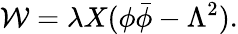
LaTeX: {\mathcal W}=\lambda X(\phi\bar{\phi}-\Lambda^{2}).